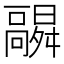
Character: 𬴛